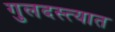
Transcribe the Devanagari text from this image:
गुलदस्त्यात